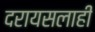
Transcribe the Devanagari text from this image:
दरायसलाही